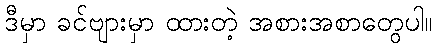
ဒီမှာ ခင်ဗျားမှာ ထားတဲ့ အစားအစာတွေပါ။